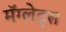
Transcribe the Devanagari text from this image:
मॅग्लेट्स